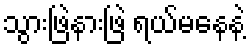
သွားဖြဲနားဖြဲ ရယ်မနေနဲ့